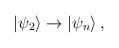
LaTeX: \begin{align*}|\psi_2\rangle \rightarrow |\psi_n\rangle\,,\end{align*}